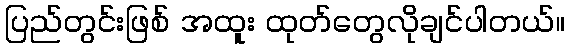
ပြည်တွင်းဖြစ် အထူး ထုတ်တွေလိုချင်ပါတယ်။